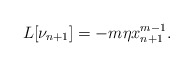
\begin{align*}L[\nu_{n+1}]=-m\eta x_{n+1}^{m-1}.\end{align*}